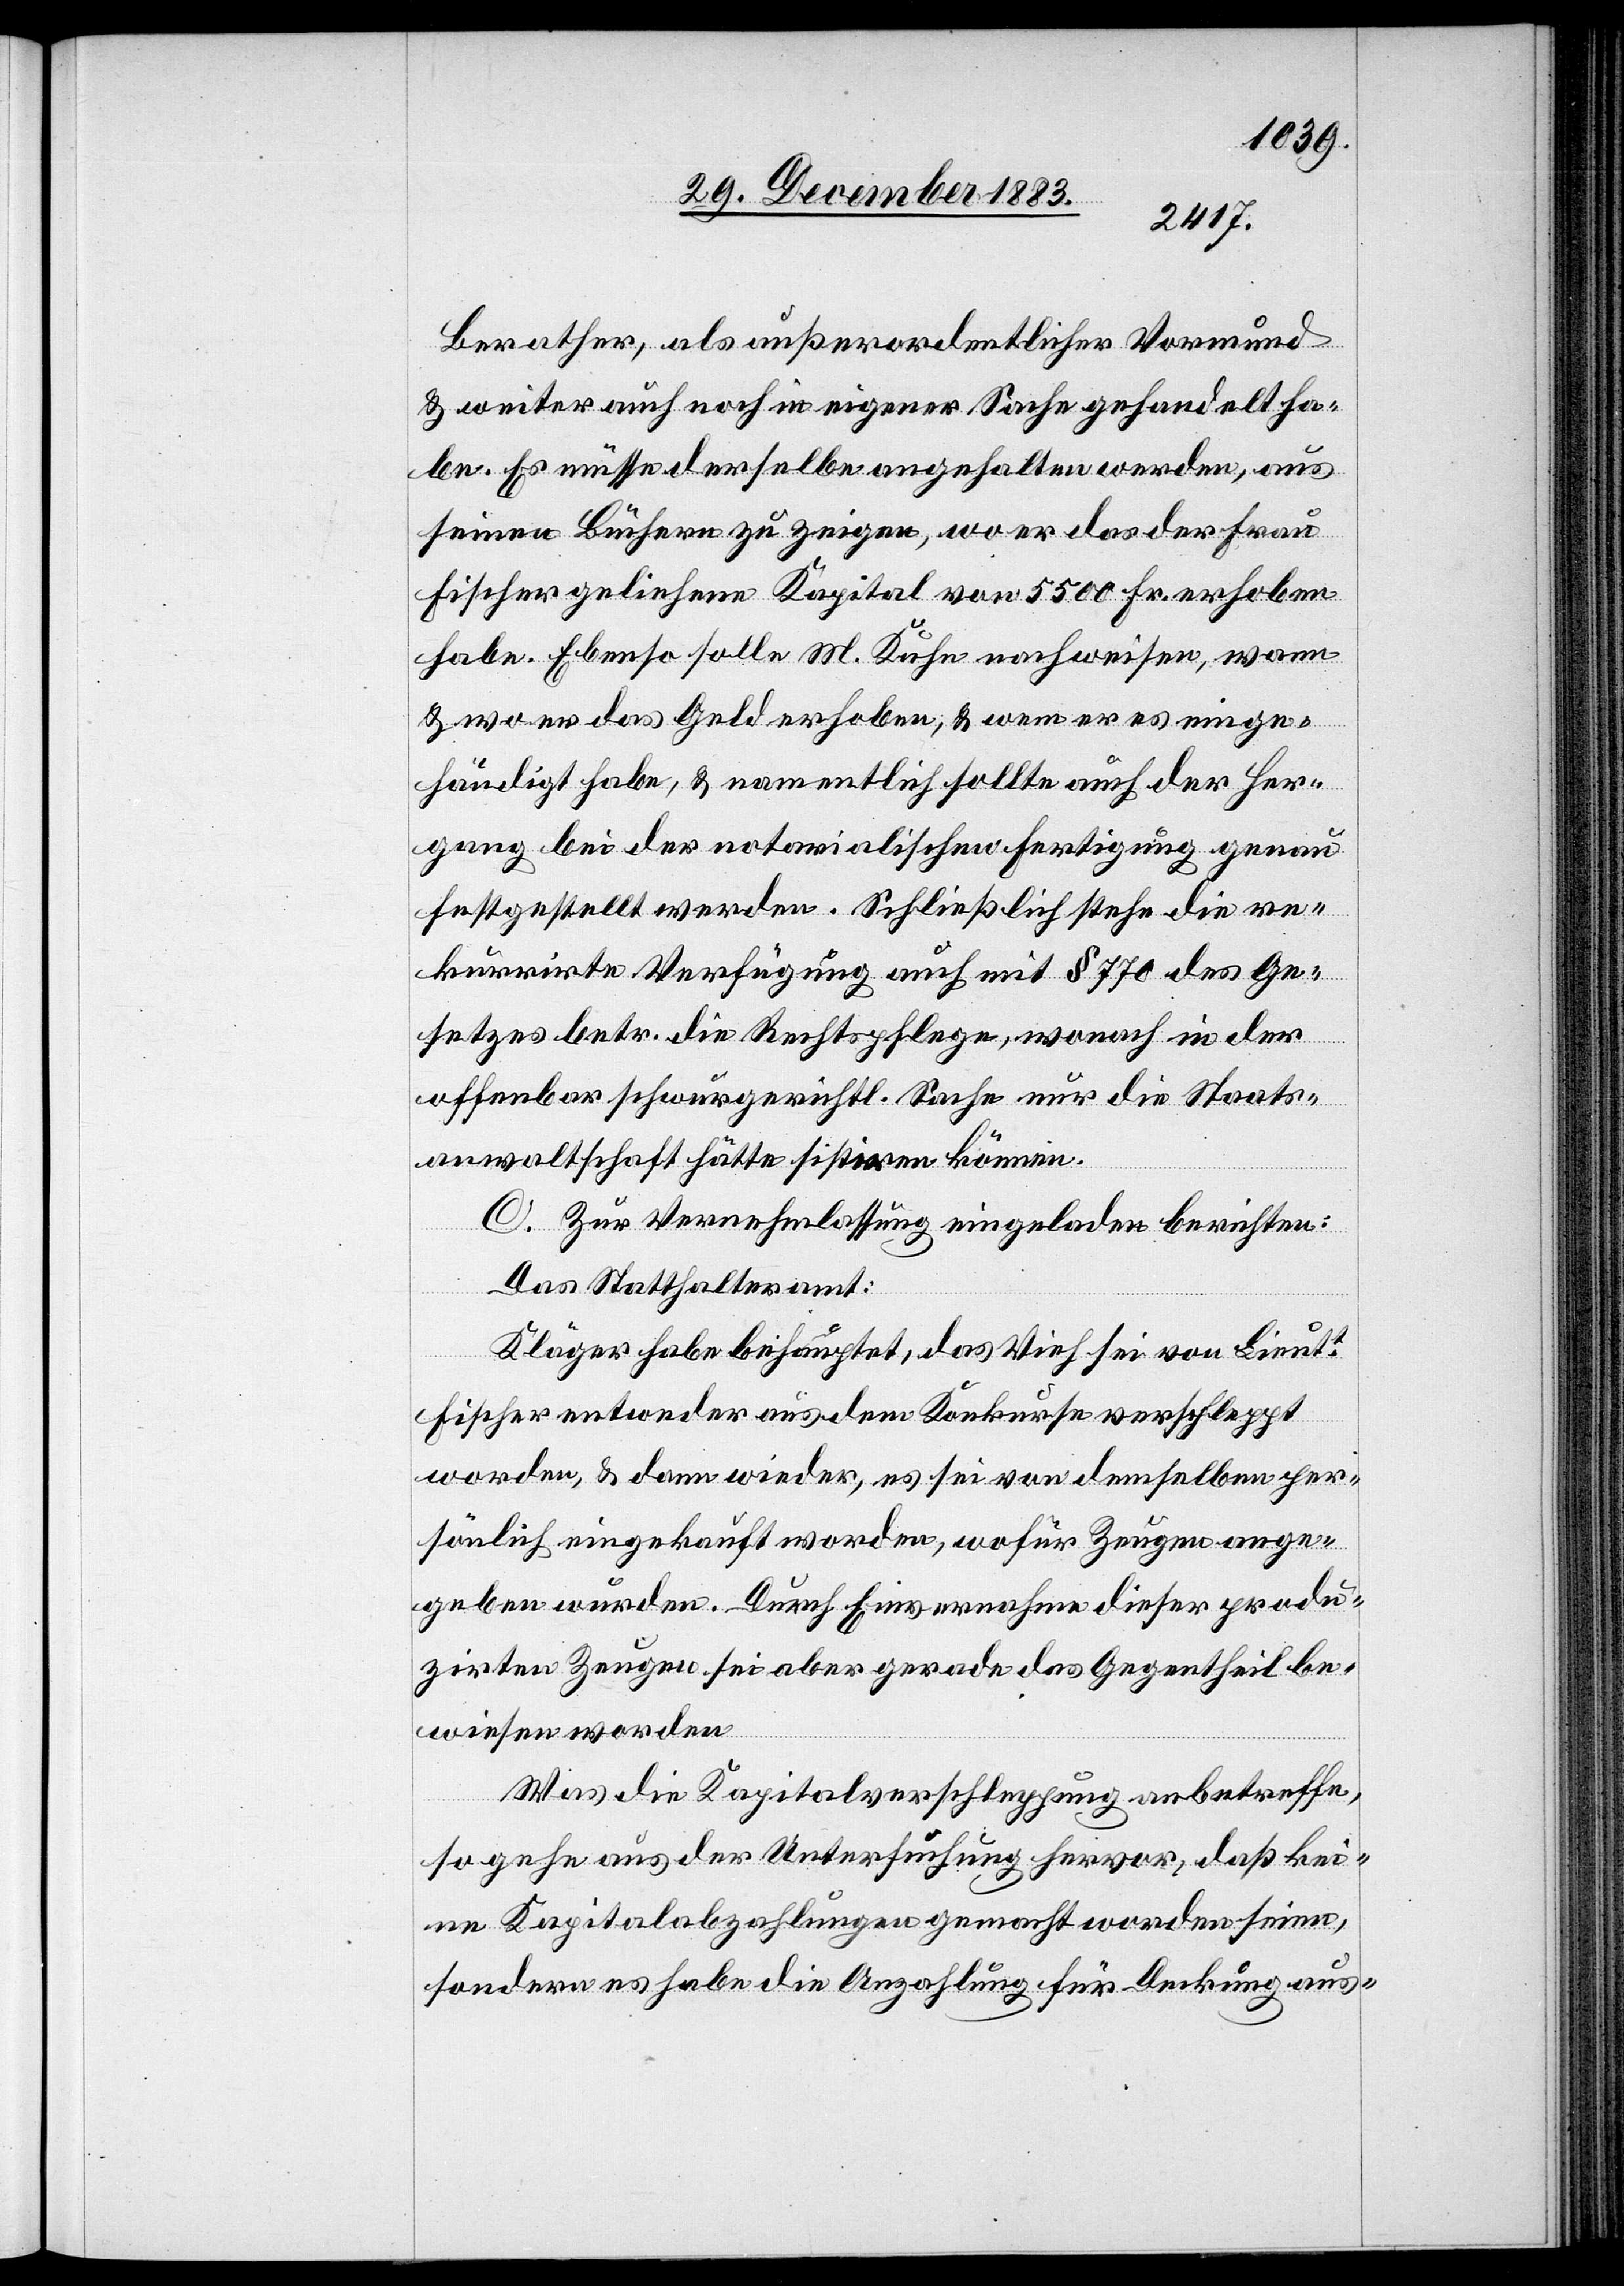
Berather, als außerordentlicher Vormund
& weiter auch noch in eigener Sache gehandelt ha¬
be. Es müsse derselbe angehalten werden, aus
seinen Büchern zu zeigen, wo er das der Frau
Fischer geliehene Kapital von 5500 Fr. erhoben
habe. Ebenso solle M. Kuhn nachweisen, wann
& wo er das Geld erhoben, & wem er es einge¬
händigt habe, & namentlich sollte auch der Her¬
gang bei der notarialischen Fertigung genau
festgestellt werden. Schließlich stehe die re¬
kurrirte Verfügung auch mit § 770 des Ge¬
setzes betr. die Rechtspflege, wonach in der
offenbar schwurgerichtl. Sache nur die Staats¬
anwaltschaft hätte sistiren können.
C. Zur Vernehmlassung eingeladen berichten:
Das Statthalteramt:
Kläger habe behauptet, das Vieh sei von Lieutt
Fischer entweder aus dem Konkurse verschleppt
worden, & dann wieder, es sei von demselben per¬
sönlich eingekauft worden, wofür Zeugen ange¬
geben wurden. Durch Einvernahme dieser produ¬
zirten Zeugen sei aber gerade das Gegentheil be¬
wiesen worden.
Was die Kapitalverschleppung anbetreffe,
so gehe aus der Untersuchung hervor, daß kei¬
ne Kapitalabzahlungen gemacht worden seien,
sondern es habe die Anzahlung für Deckung aus-